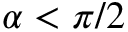
\alpha < \pi / 2